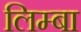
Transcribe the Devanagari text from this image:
लिम्बा